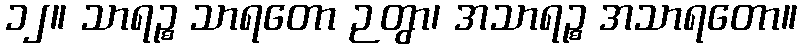
၁၂။ သာရဉ္စ သာရတော ဉတွာ၊ အသာရဉ္စ အသာရတော။